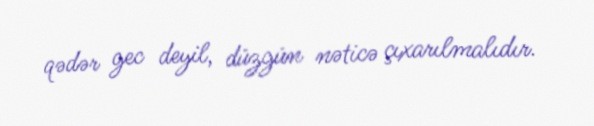
qədər gec deyil, düzgün nəticə çıxarılmalıdır.